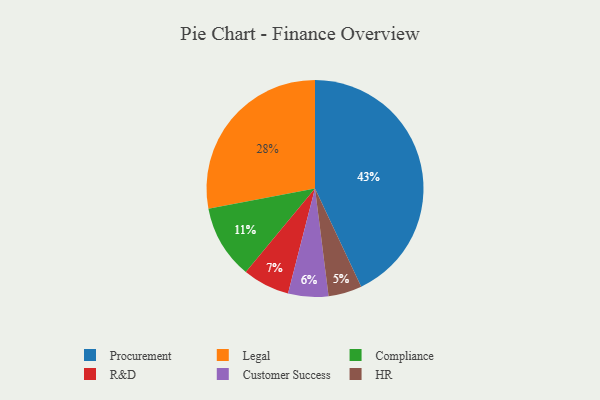
{"axis": {"x": "Category", "y": "Percentage"}, "legend": ["Compliance", "Customer Success", "HR", "Legal", "Procurement", "R&D"], "data": [{"x": "Legal", "y": 28, "type": "Legal"}, {"x": "R&D", "y": 7, "type": "R&D"}, {"x": "Procurement", "y": 43, "type": "Procurement"}, {"x": "Compliance", "y": 11, "type": "Compliance"}, {"x": "HR", "y": 5, "type": "HR"}, {"x": "Customer Success", "y": 6, "type": "Customer Success"}]}